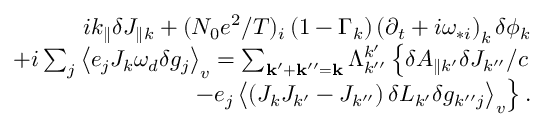
\begin{array} { r l r } & { } & { i k _ { \parallel } \delta J _ { \parallel k } + ( N _ { 0 } e ^ { 2 } / T ) _ { i } \left( 1 - \Gamma _ { k } \right) \left( \partial _ { t } + i \omega _ { * i } \right) _ { k } \delta \phi _ { k } } \\ & { } & { + i \sum _ { j } \left\langle e _ { j } J _ { k } \omega _ { d } \delta g _ { j } \right\rangle _ { v } = \sum _ { \mathbf { k } ^ { \prime } + \mathbf { k } ^ { \prime \prime } = \mathbf { k } } \Lambda _ { k ^ { \prime \prime } } ^ { k ^ { \prime } } \left\{ \delta A _ { \parallel k ^ { \prime } } \delta J _ { k ^ { \prime \prime } } / c \right. } \\ & { } & { \left. - e _ { j } \left\langle \left( J _ { k } J _ { k ^ { \prime } } - J _ { k ^ { \prime \prime } } \right) \delta L _ { k ^ { \prime } } \delta g _ { k ^ { \prime \prime } j } \right\rangle _ { v } \right\} . } \end{array}